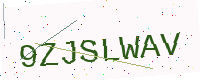
Text: 9ZJSLWAV